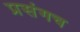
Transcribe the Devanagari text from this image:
प्रसंगच